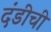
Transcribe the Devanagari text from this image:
दंडीची